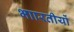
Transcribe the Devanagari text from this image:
भाारतीयों